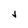
Character: v